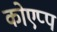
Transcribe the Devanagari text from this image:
कोएप्प